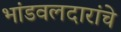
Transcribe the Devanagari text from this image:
भांडवलदारांचे